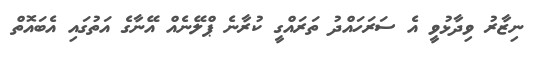
ނިޒާރު ވިދާޅުވީ އެ ސަރަހައްދު ތަރައްގީ ކުރާނެ ޕްލޭނެއް އޭނާގެ އަތުގައި އެބައޮތް